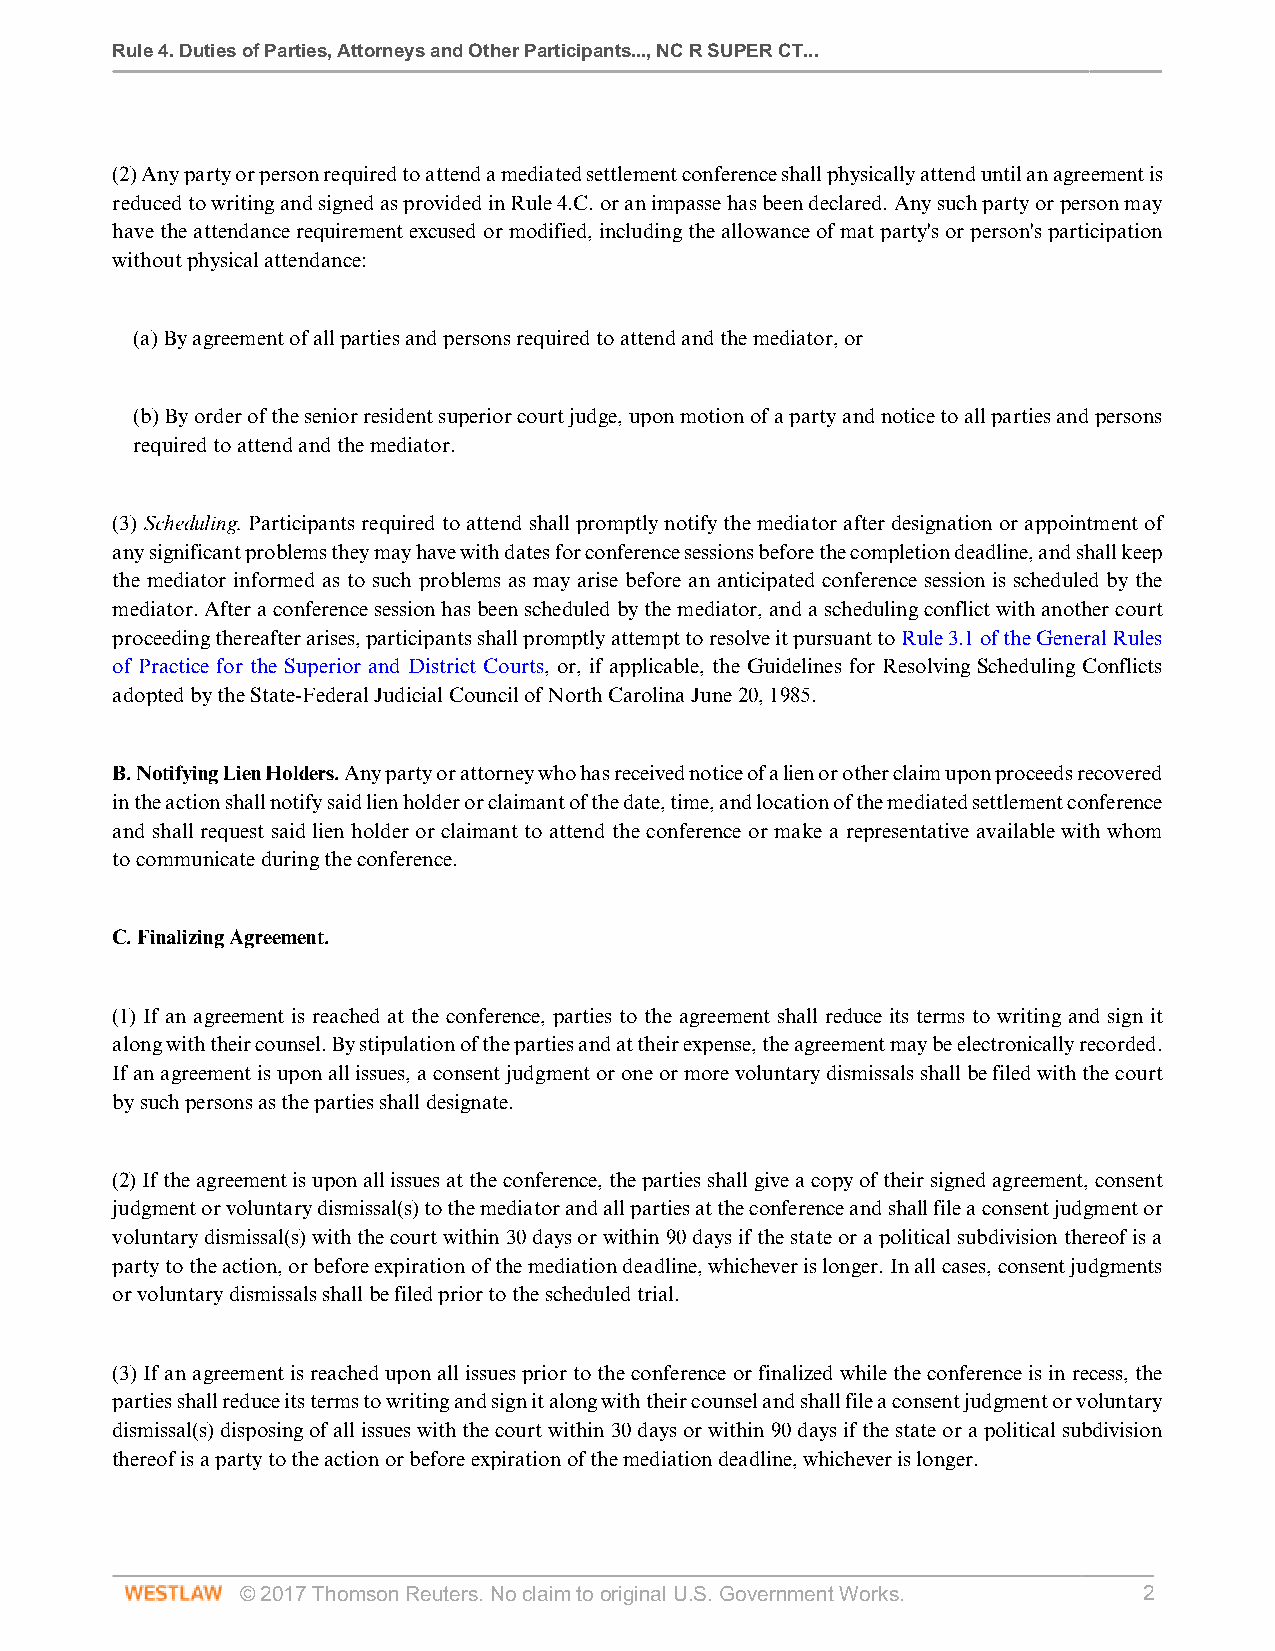
Rule 4. Duties of Parties, Attorneys and Other Participants..., NC R SUPER CT...
 (2) Any party or person required to attend a mediated settlement conference shall physically attend until an agreement is
 reduced to writing and signed as provided in Rule 4.C. or an impasse has been declared. Any such party or person may
 have the attendance requirement excused or modified, including the allowance of mat party's or person's participation
 without physical attendance:
 (a) By agreement of all parties and persons required to attend and the mediator, or
 (b) By order of the senior resident superior court judge, upon motion of a party and notice to all parties and persons
 required to attend and the mediator.
 (3) Scheduling. Participants required to attend shall promptly notify the mediator after designation or appointment of
 any significant problems they may have with dates for conference sessions before the completion deadline, and shall keep
 the mediator informed as to such problems as may arise before an anticipated conference session is scheduled by the
 mediator. After a conference session has been scheduled by the mediator, and a scheduling conflict with another court
 proceeding thereafter arises, participants shall promptly attempt to resolve it pursuant to Rule 3.1 of the General Rules
 of Practice for the Superior and District Courts, or, if applicable, the Guidelines for Resolving Scheduling Conflicts
 adopted by the State-Federal Judicial Council of North Carolina June 20, 1985.
 B. Notifying Lien Holders. Any party or attorney who has received notice of a lien or other claim upon proceeds recovered
 in the action shall notify said lien holder or claimant of the date, time, and location of the mediated settlement conference
 and shall request said lien holder or claimant to attend the conference or make a representative available with whom
 to communicate during the conference.
 C. Finalizing Agreement.
 (1) If an agreement is reached at the conference, parties to the agreement shall reduce its terms to writing and sign it
 along with their counsel. By stipulation of the parties and at their expense, the agreement may be electronically recorded.
 If an agreement is upon all issues, a consent judgment or one or more voluntary dismissals shall be filed with the court
 by such persons as the parties shall designate.
 (2) If the agreement is upon all issues at the conference, the parties shall give a copy of their signed agreement, consent
 judgment or voluntary dismissal(s) to the mediator and all parties at the conference and shall file a consent judgment or
 voluntary dismissal(s) with the court within 30 days or within 90 days if the state or a political subdivision thereof is a
 party to the action, or before expiration of the mediation deadline, whichever is longer. In all cases, consent judgments
 or voluntary dismissals shall be filed prior to the scheduled trial.
 (3) If an agreement is reached upon all issues prior to the conference or finalized while the conference is in recess, the
 parties shall reduce its terms to writing and sign it along with their counsel and shall file a consent judgment or voluntary
 dismissal(s) disposing of all issues with the court within 30 days or within 90 days if the state or a political subdivision
 thereof is a party to the action or before expiration of the mediation deadline, whichever is longer.
 © 2017 Thomson Reuters. No claim to original U.S. Government Works. 2